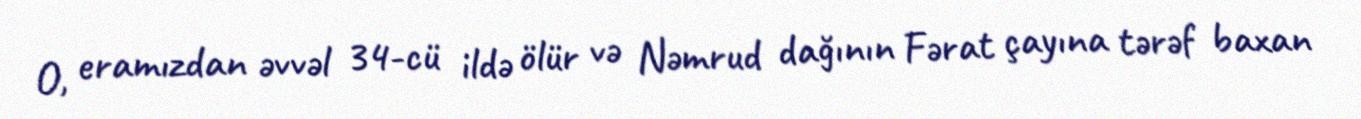
O, eramızdan əvvəl 34-cü ildə ölür və Nəmrud dağının Fərat çayına tərəf baxan